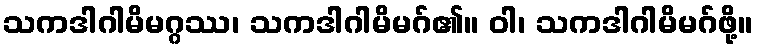
သကဒါဂါမိမဂ္ဂဿ၊ သကဒါဂါမိမဂ်၏။ ဝါ၊ သကဒါဂါမိမဂ်ဖို့။